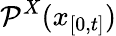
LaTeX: \mathcal{P}^{X}(x_{[0,t]})